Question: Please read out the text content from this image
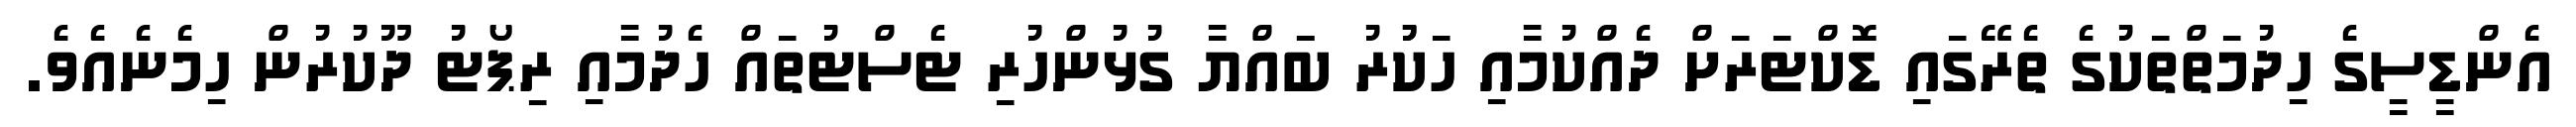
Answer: އެންޑީސީގެ ހިދުމަތްތަކުގެ ތެރޭގައި ޑޮކްޓަރަށް ދެއްކުމާއި ހަކުުރު ބަައްޔާ ގުޅުންހުރި ޓެސްޓުތައް ހެދުމާއި ރިޕޯޓު ދޫކުރުން ހިމެނެއެވެ.